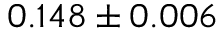
0 . 1 4 8 \pm 0 . 0 0 6